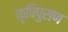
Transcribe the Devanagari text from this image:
कृषिपुराण